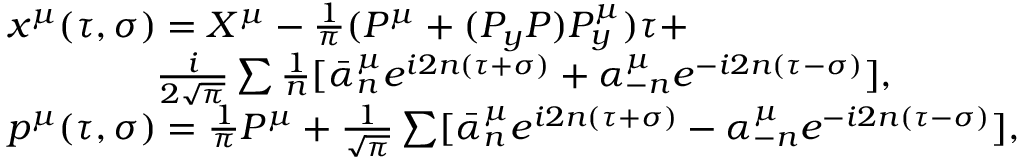
\begin{array} { l } { { \qquad x ^ { \mu } ( \tau , \sigma ) = X ^ { \mu } - \frac 1 { \pi } ( P ^ { \mu } + ( P _ { y } P ) P _ { y } ^ { \mu } ) \tau + } } \\ { { \qquad \qquad \qquad \frac i { 2 \sqrt \pi } \sum \frac 1 n [ \bar { \alpha } _ { n } ^ { \mu } e ^ { i 2 n ( \tau + \sigma ) } + \alpha _ { - n } ^ { \mu } e ^ { - i 2 n ( \tau - \sigma ) } ] , } } \\ { { \qquad p ^ { \mu } ( \tau , \sigma ) = \frac 1 { \pi } P ^ { \mu } + \frac 1 { \sqrt \pi } \sum [ \bar { \alpha } _ { n } ^ { \mu } e ^ { i 2 n ( \tau + \sigma ) } - \alpha _ { - n } ^ { \mu } e ^ { - i 2 n ( \tau - \sigma ) } ] , } } \end{array}